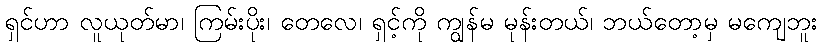
ရှင်ဟာ လူယုတ်မာ၊ ကြမ်းပိုး၊ တေလေ၊ ရှင့်ကို ကျွန်မ မုန်းတယ်၊ ဘယ်တော့မှ မကျေဘူး